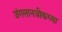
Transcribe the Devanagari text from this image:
जंगलानजीकच्या